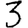
Digit: 3